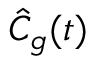
\hat { C } _ { g } ( t )